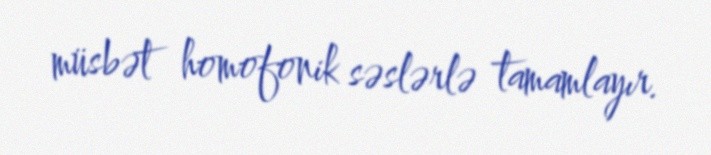
müsbət homofonik səslərlə tamamlayır.